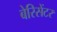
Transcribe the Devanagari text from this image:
बेरिसेंटर